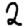
Digit: 2